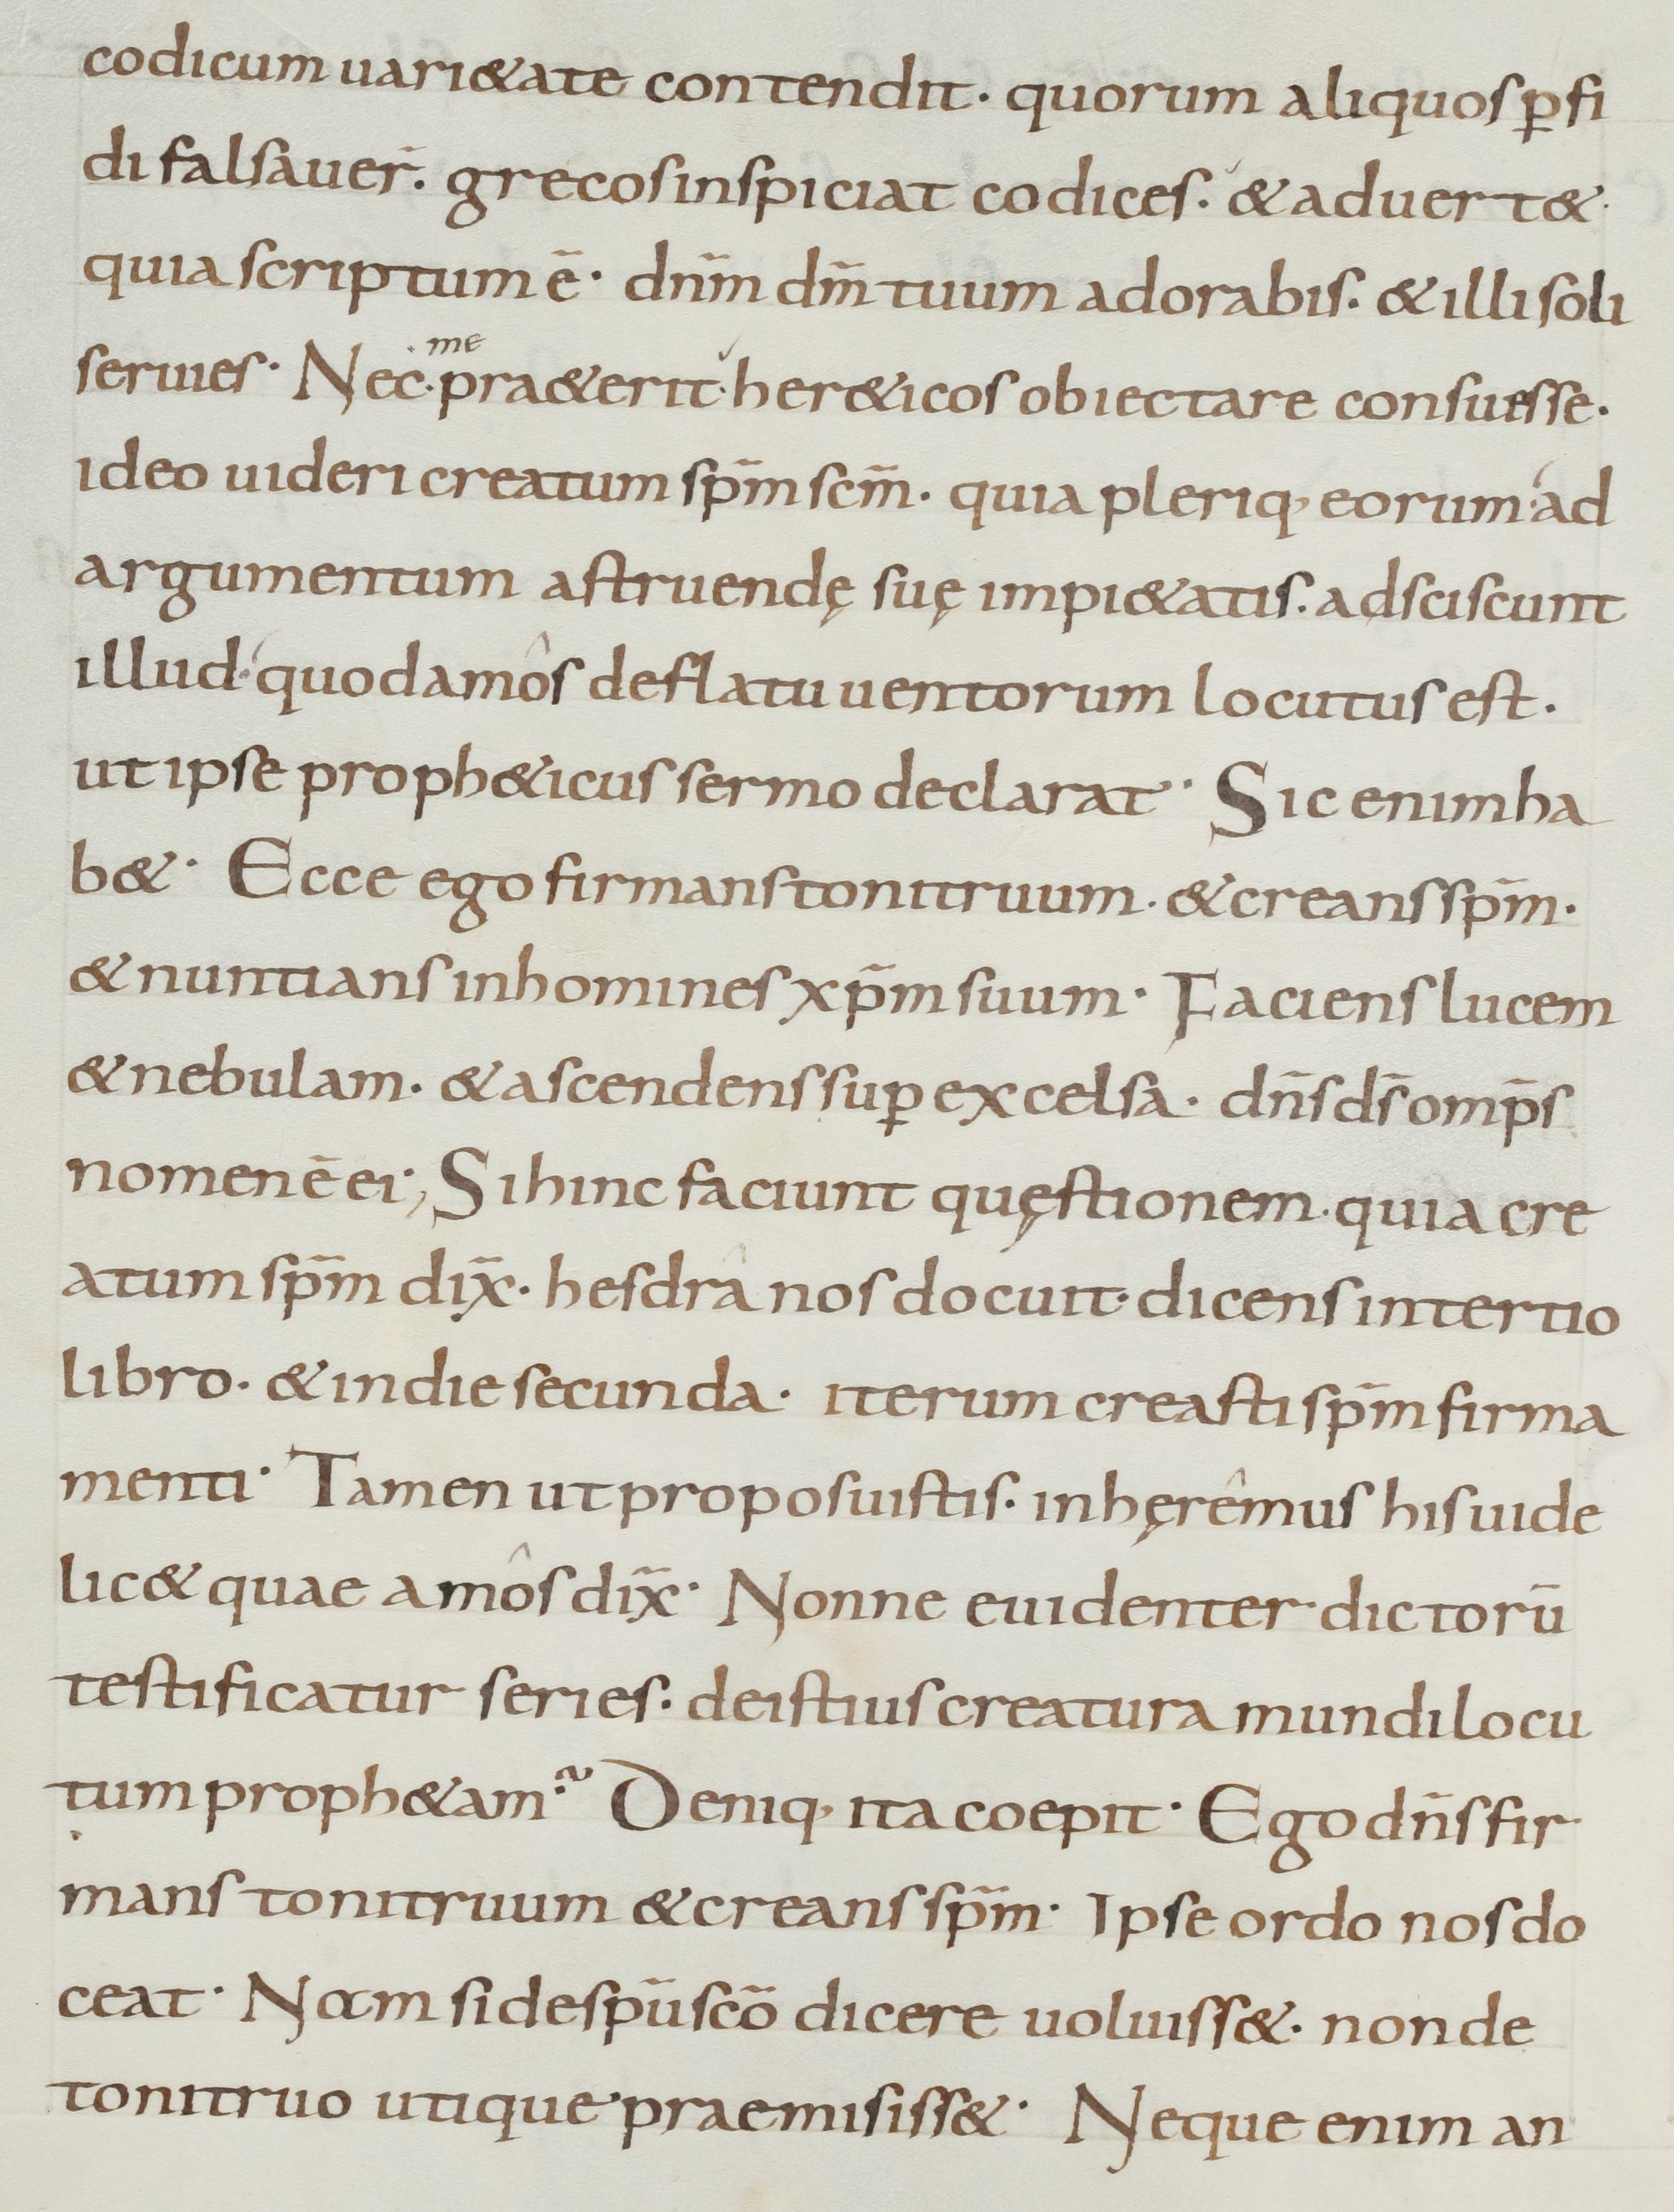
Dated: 900–999